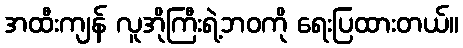
အထီးကျန် လူအိုကြီးရဲ့ဘဝကို ရေးပြထားတယ်။